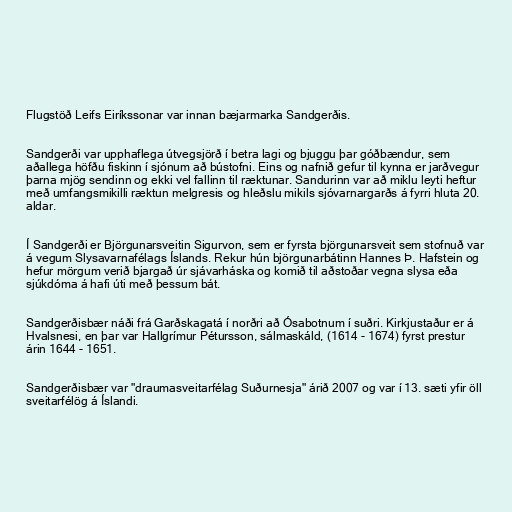
Flugstöð Leifs Eiríkssonar var innan bæjarmarka Sandgerðis.

Sandgerði var upphaflega útvegsjörð í betra lagi og bjuggu þar góðbændur, sem
aðallega höfðu fiskinn í sjónum að bústofni. Eins og nafnið gefur til kynna er jarðvegur
þarna mjög sendinn og ekki vel fallinn til ræktunar. Sandurinn var að miklu leyti heftur
með umfangsmikilli ræktun melgresis og hleðslu mikils sjóvarnargarðs á fyrri hluta 20.
aldar.

Í Sandgerði er Björgunarsveitin Sigurvon, sem er fyrsta björgunarsveit sem stofnuð var
á vegum Slysavarnafélags Íslands. Rekur hún björgunarbátinn Hannes Þ. Hafstein og
hefur mörgum verið bjargað úr sjávarháska og komið til aðstoðar vegna slysa eða
sjúkdóma á hafi úti með þessum bát.

Sandgerðisbær náði frá Garðskagatá í norðri að Ósabotnum í suðri. Kirkjustaður er á
Hvalsnesi, en þar var Hallgrímur Pétursson, sálmaskáld, (1614 - 1674) fyrst prestur
árin 1644 - 1651.

Sandgerðisbær var "draumasveitarfélag Suðurnesja" árið 2007 og var í 13. sæti yfir öll
sveitarfélög á Íslandi.